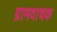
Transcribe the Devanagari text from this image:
ग्रामवाचक